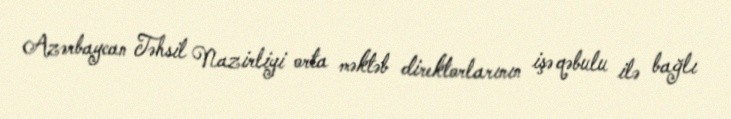
Azərbaycan Təhsil Nazirliyi orta məktəb direktorlarının işə qəbulu ilə bağlı